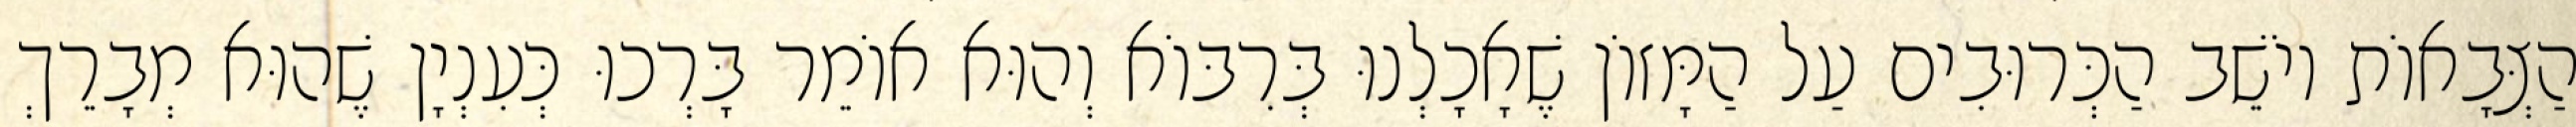
הַצְּבָאוֹת יוֹשֵׁב הַכְּרוּבִים עַל הַמָּזוֹן שֶׁאָכָלְנוּ בְּרִבּוֹא וְהוּא אוֹמֵר בָּרְכוּ כְּעִנְיָן שֶׁהוּא מְבָרֵךְ